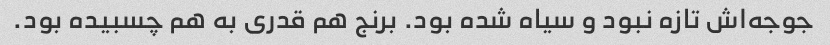
جوجه‌اش تازه نبود و سیاه شده بود. برنج هم قدری به هم چسبیده بود.